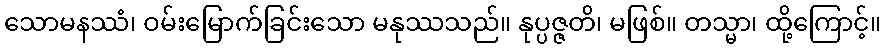
သောမနဿံ၊ ဝမ်းမြောက်ခြင်းသော မနုဿသည်။ နုပ္ပဇ္ဇတိ၊ မဖြစ်။ တသ္မာ၊ ထို့ကြောင့်။